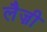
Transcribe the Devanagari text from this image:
लैज़ी